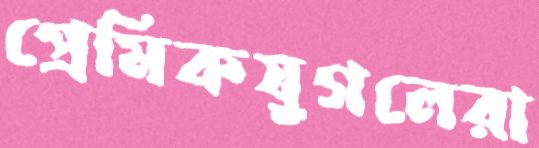
প্রেমিকযুগলেরা